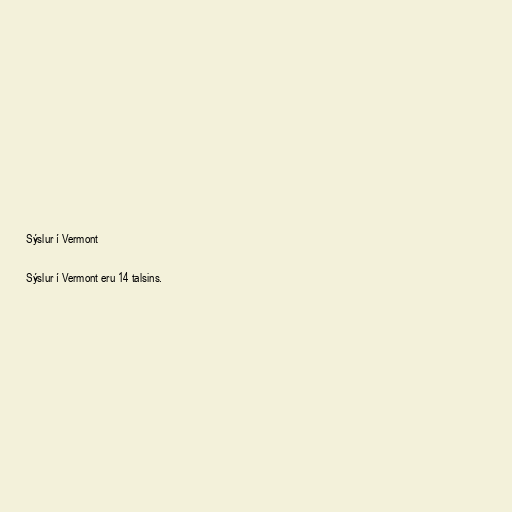
Sýslur í Vermont

Sýslur í Vermont eru 14 talsins.